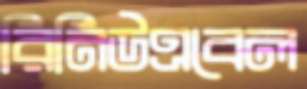
রিনিউএবেল